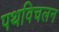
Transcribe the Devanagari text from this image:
पथविचलन